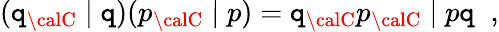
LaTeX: (\mathtt{q}_{\calC}\; \vert\; \mathtt{q})(p_{\calC}\; \vert\; p)=\mathtt{q}_{\calC}p_{\calC}\; \vert\; p\mathtt{q}\; \; ,